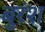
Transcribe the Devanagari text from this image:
बुरंश